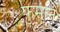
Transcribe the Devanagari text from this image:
फुमीन